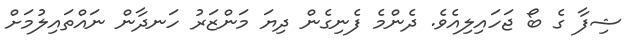
ޝިފާ ގެ ބޯ ޖަހައިލިއެވެ. ދެންމެ ފެނިގެން ދިޔަ މަންޒަރު ހަނދާން ނައްތައިލުމަށް